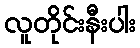
လူတိုင်းနီးပါး